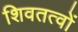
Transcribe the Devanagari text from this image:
शिवतत्वों